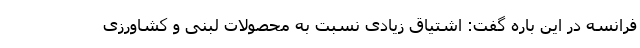
فرانسه در این باره گفت: اشتیاق زیادی نسبت به محصولات لبنی و کشاورزی